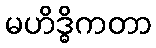
မဟိဒ္ဓိကတာ